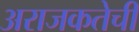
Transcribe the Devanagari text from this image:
अराजकतेची